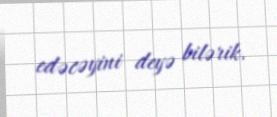
edəcəyini deyə bilərik.